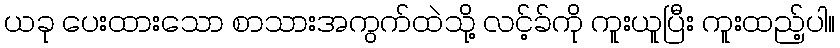
ယခု ပေးထားသော စာသားအကွက်ထဲသို့ လင့်ခ်ကို ကူးယူပြီး ကူးထည့်ပါ။